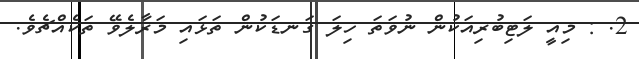
2. : މިއީ ލަޓިބުރިއަކުން ނުވަތަ ހިލަ ގަނޑަކުން ތަޅައި މަރާލެވޭ ތަކެއްޗެވެ.